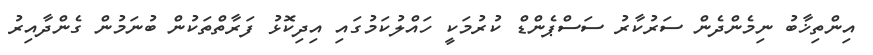
އިންތިޚާބު ނިމެންދެން ސަރުކާރު ސަސްޕެންޑް ކުރުމަކީ ހައްލުކަމުގައި އިދިކޮޅު ފަރާތްތަކުން ބުނަމުން ގެންދާއިރު